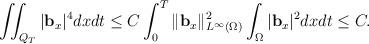
LaTeX: \begin{align*}\iint_{Q_T}|\mathbf{b}_x |^4dxdt\leq C\int_0^T\|\mathbf{b}_x\|_{L^\infty(\Omega)}^2\int_\Omega|\mathbf{b}_x|^2dxdt\leq C.\end{align*}